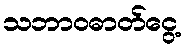
သဘာဝဓာတ်ငွေ့